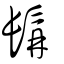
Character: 䫇